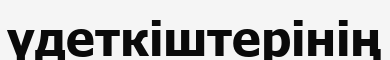
үдеткіштерінің